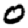
Digit: 0